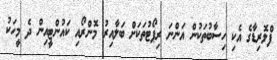
ފްލޮރިޑާގެ އެކި ހިސާބުތަކުން އަންނަ ރިޕޯޓުތަކަށް ބަލާއިރު މޮންރޯއި ކައުންޓީއިން ދެ މީހަކު